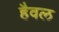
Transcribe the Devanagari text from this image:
हैवल